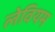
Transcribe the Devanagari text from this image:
लेवियम